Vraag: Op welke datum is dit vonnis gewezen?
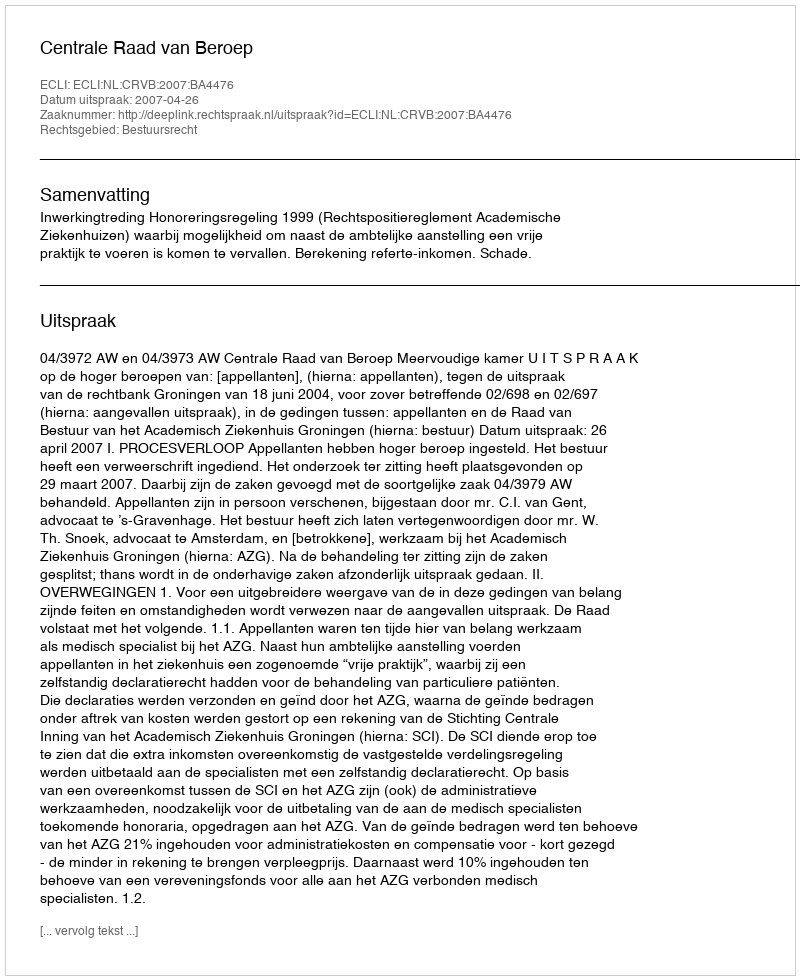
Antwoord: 2007-04-26